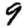
Digit: 9